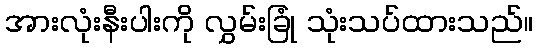
အားလုံးနီးပါးကို လွှမ်းခြုံ သုံးသပ်ထားသည်။